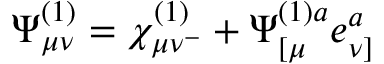
\Psi _ { \mu \nu } ^ { ( 1 ) } = \chi _ { \mu \nu ^ { - } } ^ { ( 1 ) } + \Psi _ { [ \mu } ^ { ( 1 ) a } e _ { \nu ] } ^ { a }